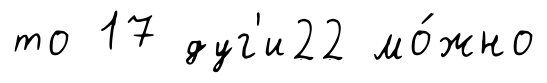
то 17 дуг'и22 мо́жно